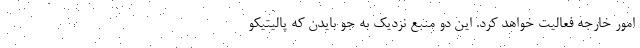
امور خارجه فعالیت خواهد کرد. این دو منبع نزدیک به جو بایدن که پالیتیکو